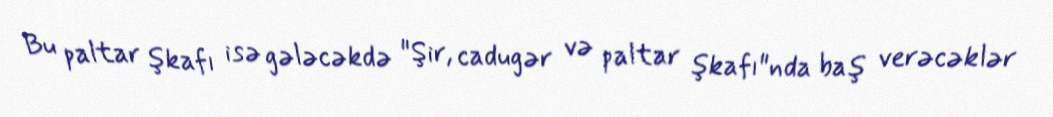
Bu paltar şkafı isə gələcəkdə "Şir, cadugər və paltar şkafı"nda baş verəcəklər